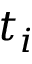
t _ { i }